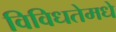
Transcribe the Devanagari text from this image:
विविधतेमधे